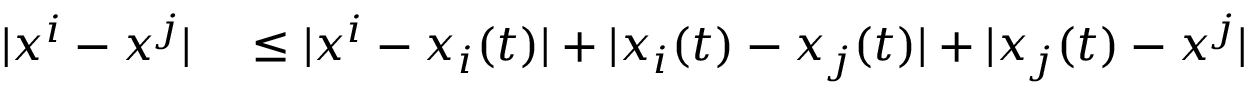
\begin{array} { r l } { | x ^ { i } - x ^ { j } | } & { { } \leq | x ^ { i } - x _ { i } ( t ) | + | x _ { i } ( t ) - x _ { j } ( t ) | + | x _ { j } ( t ) - x ^ { j } | } \end{array}